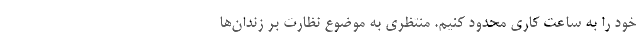
خود را به ساعت کاری محدود کنیم. منتظری به موضوع نظارت بر زندان‌ها